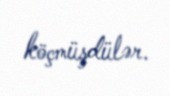
köçmüşdülər.